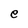
Character: e